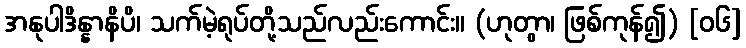
အနုပါဒိန္နာနိပိ၊ သက်မဲ့ရုပ်တို့သည်လည်းကောင်း။ (ဟုတွာ၊ ဖြစ်ကုန်၍) [၀၆]